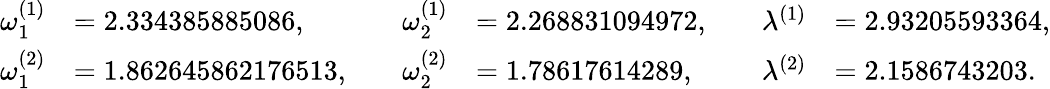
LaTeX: \begin{array}{rlrlrl}{\omega_{1}^{(1)}}&{=2.334385885086,\quad}&{\omega_{2}^{(1)}}&{=2.268831094972,\quad}&{\lambda^{(1)}}&{=2.93205593364,}\\ {\omega_{1}^{(2)}}&{=1.862645862176513,\quad}&{\omega_{2}^{(2)}}&{=1.78617614289,\quad}&{\lambda^{(2)}}&{=2.1586743203.}\end{array}